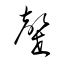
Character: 罄